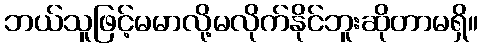
ဘယ်သူဖြင့်မမာလို့မလိုက်နိုင်ဘူးဆိုတာမရှိ။